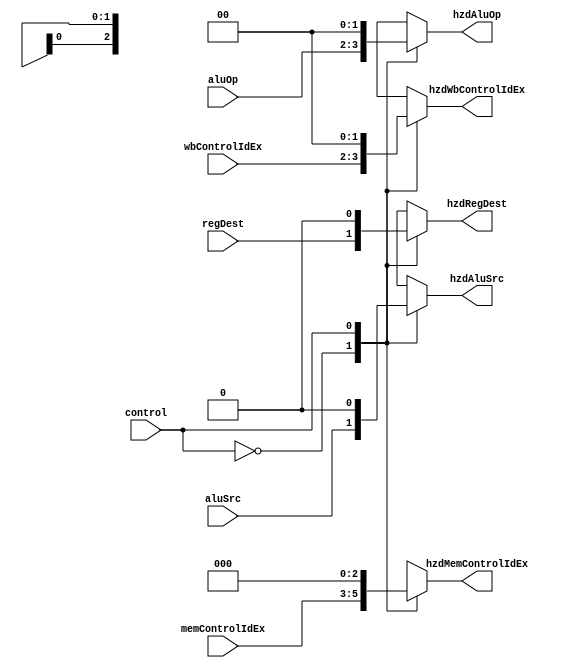
module muxHazard (
    // INPUTS
    input wire control,

    // EX
    input wire regDest,
    input wire [1:0] aluOp,
    input wire aluSrc,
    // MEM
    input wire [2:0] memControlIdEx,
    // WB
    input wire [1:0] wbControlIdEx,

    // OUTPUTS
    // EX
    output reg hzdRegDest,
    output reg [1:0] hzdAluOp,
    output reg hzdAluSrc,
    // MEM
    output reg [2:0] hzdMemControlIdEx,
    // WB
    output reg [1:0] hzdWbControlIdEx
);

    always @(*) begin
      case (control)
        1'b0: begin
          hzdRegDest <= regDest;
          hzdAluOp <= aluOp;
          hzdAluSrc <= aluSrc;
          hzdMemControlIdEx <= memControlIdEx;
          hzdWbControlIdEx <= wbControlIdEx;
      end
        1'b1: begin
          hzdRegDest <= 0;
          hzdAluOp <= 0;
          hzdAluSrc <= 0;
          hzdMemControlIdEx <= 0;
          hzdWbControlIdEx <= 0;
      end
    endcase
  end
endmodule